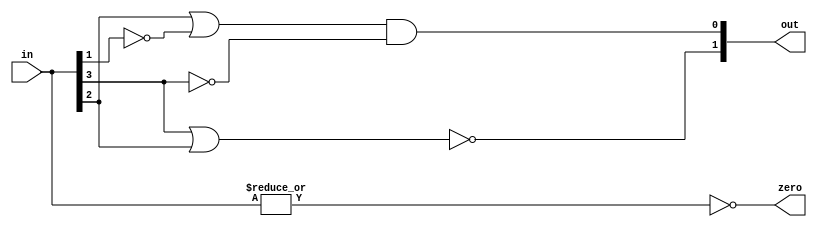
// leading zero detector/counter
module lzd_4 (
    input [3:0] in,
    output [1:0] out,
    output       zero
);

    assign zero = ~(|in); 
    assign out[0] = (in[2] | ~in[1]) & ~in[3];
    assign out[1] = ~(in[3] | in[2]);

endmodule